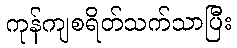
ကုန်ကျစရိတ်သက်သာပြီး